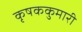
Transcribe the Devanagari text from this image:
कृषककुमारी